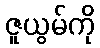
ဇူယွမ်ကို